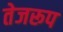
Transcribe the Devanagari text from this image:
तेजरूप